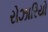
રોઝારિયો